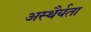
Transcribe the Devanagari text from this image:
अस्थैर्यता